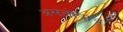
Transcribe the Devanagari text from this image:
असंतोषाचा